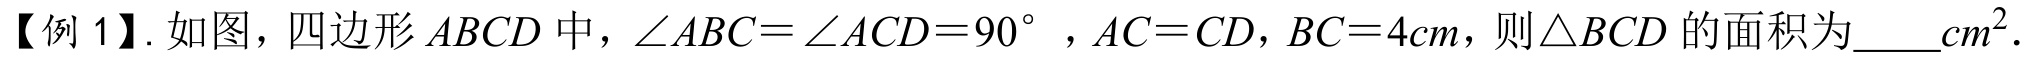
【例 1】. 如图，四边形\(ABCD\)中，\(\angle ABC = \angle ACD = 90^{\circ}\)，\(AC = CD\)，\(BC = 4cm\)，则\(\triangle BCD\)的面积为\(\underline{\quad\quad}cm^{2}\).